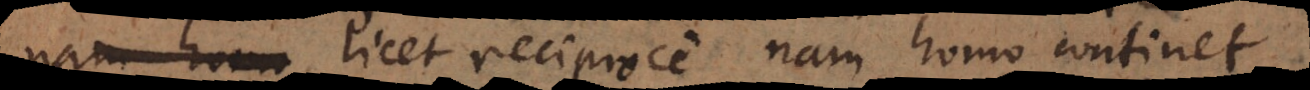
, licet reciproce, nam homo continet